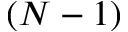
( N - 1 )